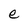
Character: e